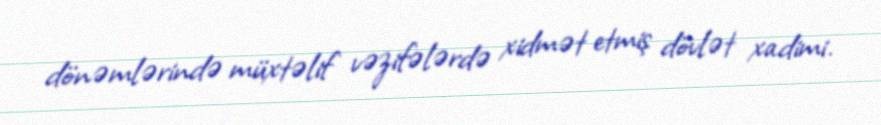
dönəmlərində müxtəlif vəzifələrdə xidmət etmiş dövlət xadimi.